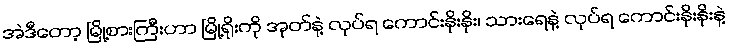
အဲဒီတော့ မြို့စားကြီးဟာ မြို့ရိုးကို အုတ်နဲ့ လုပ်ရ ကောင်းနိုးနိုး၊ သားရေနဲ့ လုပ်ရ ကောင်းနိုးနိုးနဲ့